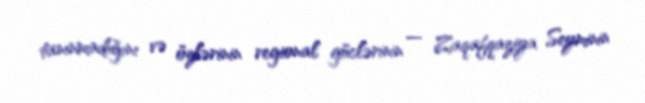
tanınmadığını və özlərinin regional güclərinin — Zaqafqaziya Seyminin